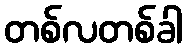
တစ်လတစ်ခါ